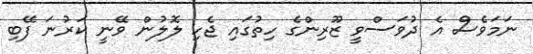
ނަމަވެސް އެ ދުވަސްވީ ޒޫރިންގެ ހިތުގައި ޖެހި ލޮލުން ވޭނީ ކަރުނަ ފޭބި